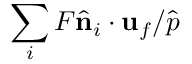
\sum _ { i } F \hat { \mathbf { n } } _ { i } \cdot { \mathbf { u } } _ { f } / \hat { p }